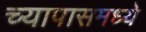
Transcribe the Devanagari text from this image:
च्यापासमध्ये